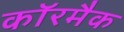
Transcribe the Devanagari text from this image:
कॉरमैक